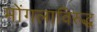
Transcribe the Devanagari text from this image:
मोंगलाविरुद्ध